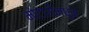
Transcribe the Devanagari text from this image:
मोटारीमधून